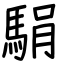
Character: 駽